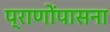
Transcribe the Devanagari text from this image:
प्राणोंपासना